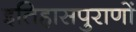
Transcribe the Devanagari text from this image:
इतिहासपुराणों